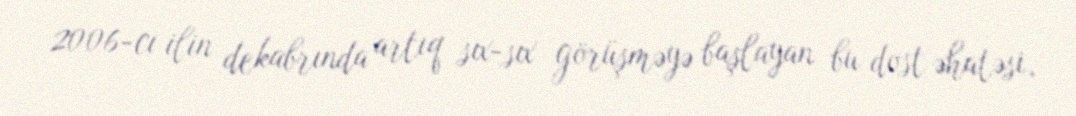
2006-cı ilin dekabrında artıq sıx-sıx görüşməyə başlayan bu dost əhatəsi,